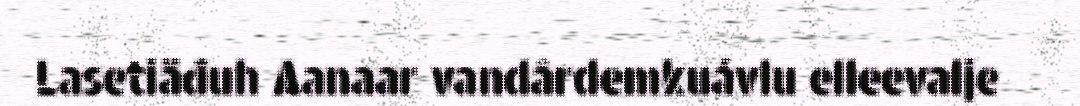
Lasetiäđuh Aanaar vandârdemkuávlu elleevalje